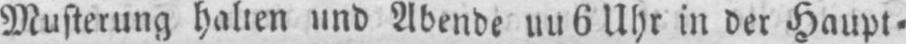
Musterung halten und Abende uu 6 Uhr in der Haupt⸗